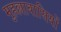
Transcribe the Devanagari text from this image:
मुहल्लावासियों